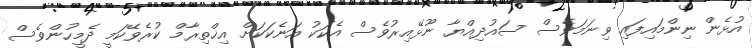
އުޅެން ނިންމައިފައި ވިނަމަވެސް ސައުދިއްޔާ ނޫޅޭއިރުވެސް އެކަކު އަނެކަކަށް އިޚްތިރާމް ކުރެވޭކަމީ ދެމީހުންވެސް